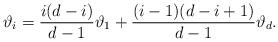
LaTeX: \begin{align*}\vartheta_i = \frac{i(d-i)}{d-1} \vartheta_1+ \frac{(i-1)(d-i+1)}{d-1} \vartheta_d.\end{align*}